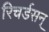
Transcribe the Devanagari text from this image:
रिचर्डसन्